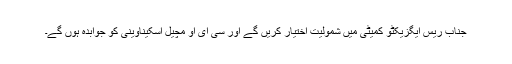
جناب ریس ایگزیکٹو کمیٹی میں شمولیت اختیار کریں گے اور سی ای او مچیل اسکیناوینی کو جوابدہ ہوں گے۔